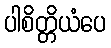
ပါစိတ္တိယံပေ